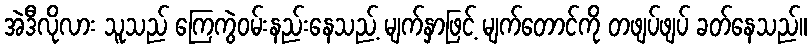
အဲဒီလိုလား သူသည် ကြေကွဲဝမ်းနည်းနေသည့် မျက်နှာဖြင့် မျက်တောင်ကို တဖျပ်ဖျပ် ခတ်နေသည်။